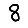
Digit: 8